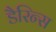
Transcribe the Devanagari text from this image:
डैरिन्स